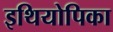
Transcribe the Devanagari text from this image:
इथियोपिका